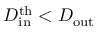
D _ { \mathrm { i n } } ^ { \mathrm { t h } } < D _ { \mathrm { o u t } }